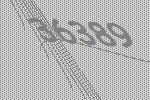
36389